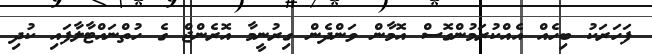
ފަހަރަކު ބިހެއް އެއްކުރަމުންގޮސް އޮމާން ވަންދެން ގިރުނީމާ އޮރެންޖް ގެ ހުތްނައްޓާލާފައި ކުދި